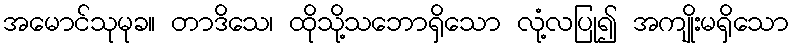
အမောင်သုမုခ။ တာဒိသေ၊ ထိုသို့သဘောရှိသော လုံ့လပြု၍ အကျိုးမရှိသော